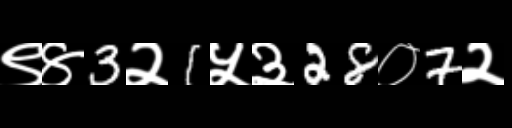
Text: ९४3२1५३28०7२